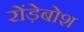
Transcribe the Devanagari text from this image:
रोंड़ेबोश